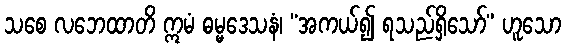
သစေ လဘေထာတိ ဣမံ ဓမ္မဒေသနံ၊ “အကယ်၍ ရသည်ရှိသော်” ဟူသော